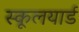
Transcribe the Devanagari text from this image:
स्कूलयार्ड